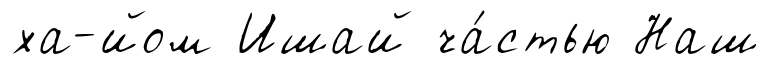
ха-йом Ишай ча́стью Наш